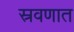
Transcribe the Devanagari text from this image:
स्रवणात